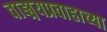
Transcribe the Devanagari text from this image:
वाङ्मयप्रवाहाच्या